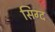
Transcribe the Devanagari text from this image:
सिग्द